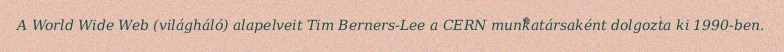
A World Wide Web (világháló) alapelveit Tim Berners-Lee a CERN munkatársaként dolgozta ki 1990-ben.